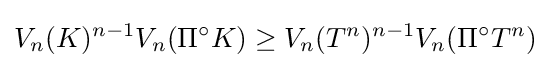
V_{n}(K)^{n-1}V_{n}(\Pi ^{\circ }K)\geq V_{n}(T^{n})^{n-1}V_{n}(\Pi ^{\circ }T^{n})